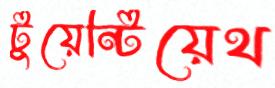
টুয়েন্টিয়েথ